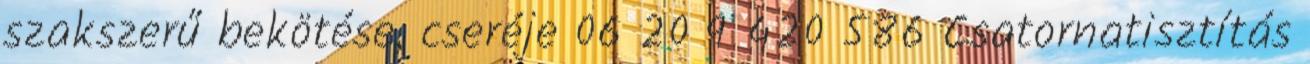
szakszerű bekötése, cseréje 06 20 9 420 586 Csatornatisztítás